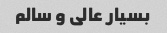
بسیار عالی و سالم